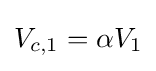
{\begin{aligned}V_{c,1}=\alpha V_{1}\end{aligned}}